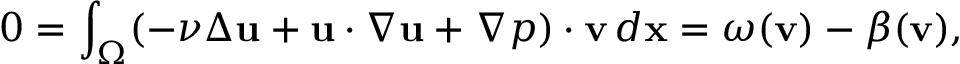
0 = \int _ { \Omega } ( - \nu \Delta { \mathbf u } + { \mathbf u } \cdot \nabla { \mathbf u } + \nabla p ) \cdot { \mathbf v } \, d { \mathbf x } = \omega ( { \mathbf v } ) - \beta ( { \mathbf v } ) ,